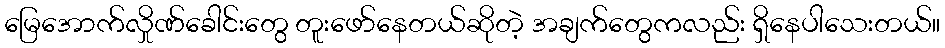
မြေအောက်လှိုဏ်ခေါင်းတွေ တူးဖော်နေတယ်ဆိုတဲ့ အချက်တွေကလည်း ရှိနေပါသေးတယ်။